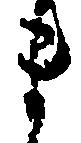
ま